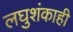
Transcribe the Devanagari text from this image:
लघुशंकाही